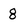
Character: 8